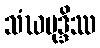
သံဃမုဒ္ဒိဿ